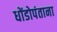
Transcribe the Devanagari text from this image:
धोंडोपंताना